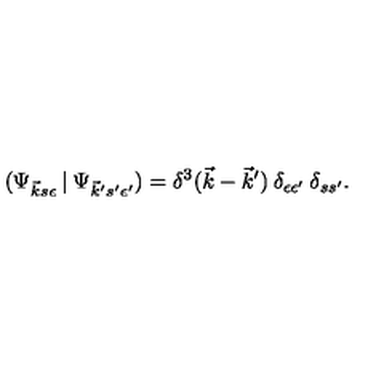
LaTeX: ( \Psi _ { \vec { k } s \epsilon } \: | \: \Psi _ { \vec { k } ^ { \prime } s ^ { \prime } \epsilon ^ { \prime } } ) = \delta ^ { 3 } ( \vec { k } - \vec { k } ^ { \prime } ) \: \delta _ { \epsilon \epsilon ^ { \prime } } \: \delta _ { s s ^ { \prime } } .